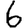
Digit: 6